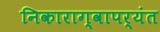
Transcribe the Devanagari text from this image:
निकाराग्वापर्यंत